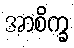
အာစိက္ခ